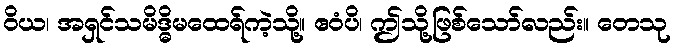
ဝိယ၊ အရှင်သမိဒ္ဓိမထေရ်ကဲ့သို့။ ဧဝံပိ၊ ဤသို့ဖြစ်သော်လည်း။ တေသု